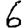
Digit: 6